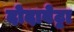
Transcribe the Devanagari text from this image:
दोदाबेट्टा